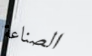
الصناعة